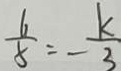
\frac { 6 } { 8 } = - \frac { k } { 3 }